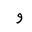
Letter: _waw